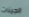
الجينات